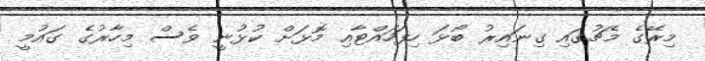
މިރޭގެ މެޗުގައި ގިނައިރު ބޯޅަ ހިފަހައްޓާއި މޮޅަށް ކުޅުނީ ވެސް މިހާރުގެ ގައުމީ